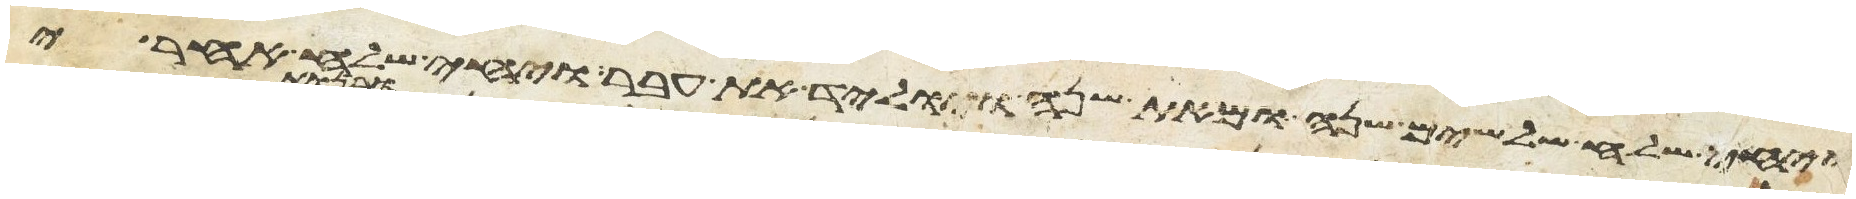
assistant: ויחי שלח שלשים שנה ומאת שנה ויוליד את עבר ויחי שלח אחרי